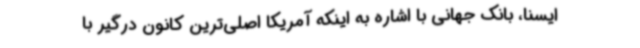
ایسنا، بانک جهانی با اشاره به اینکه آمریکا اصلی‌ترین کانون درگیر با